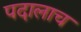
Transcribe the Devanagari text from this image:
पदालाच